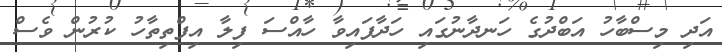
އަދި މިސްބާހު އަބްދުގެ ހަނދާނުގައި ހަދާފައިވާ ހާއްސަ ފިލާ އިފްތިތާހު ކުރުން ވެސް